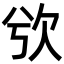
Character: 𣢍